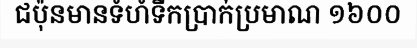
ជប៉ុនមានទំហំទឹកប្រាក់ប្រមាណ ១៦០០